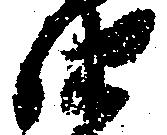
由